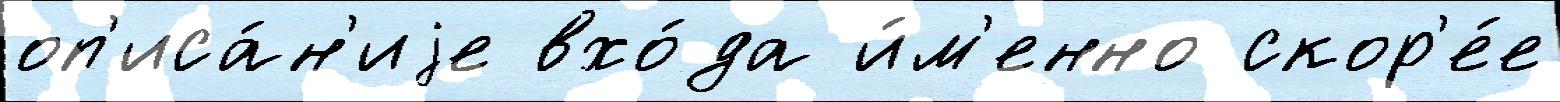
оп'иса́н'иjе вхо́да и́м'енно скор'е́е